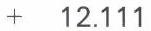
+  12.111